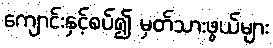
ကျောင်းနှင့်စပ်၍ မှတ်သားဖွယ်များ